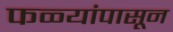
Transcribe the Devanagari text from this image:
फळ्यांपासून